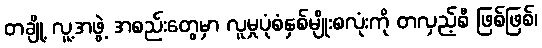
တချို့ လူ့အဖွဲ့ အစည်းတွေမှာ လူမှုပုံစံနှစ်မျိုးစလုံးကို တလှည့်စီ ဖြစ်ဖြစ်၊